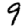
Digit: 9